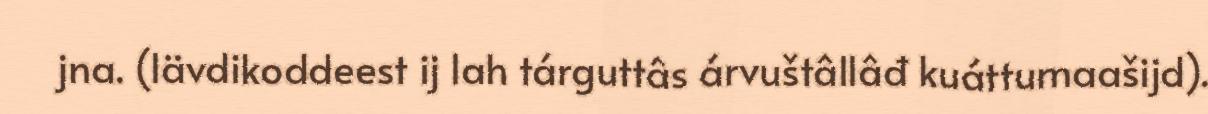
jna. (lävdikoddeest ij lah tárguttâs árvuštâllâđ kuáttumaašijd).